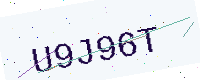
Text: U9J96T